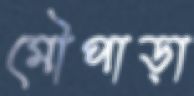
মৌপাড়া